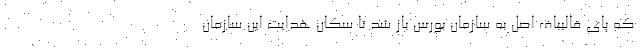
که پای قالیباف اصل به سازمان بورس باز شد تا سکان هدایت این سازمان